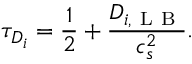
\tau _ { D _ { i } } = \frac { 1 } { 2 } + \frac { D _ { i , \mathrm { ~ L ~ B ~ } } } { c _ { s } ^ { 2 } } .